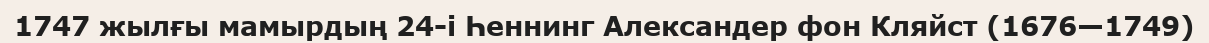
1747 жылғы мамырдың 24-і Һеннинг Александер фон Кляйст (1676—1749)